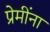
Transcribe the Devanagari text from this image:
प्रेमींना